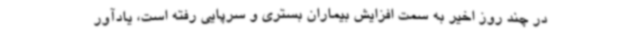
در چند روز اخیر به سمت افزایش بیماران بستری و سرپایی رفته است، یادآور